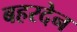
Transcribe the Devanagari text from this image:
बहरदेन